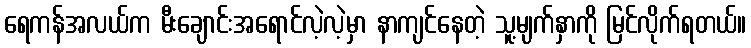
ရေကန်အလယ်က မီးချောင်းအရောင်လဲ့လဲ့မှာ နာကျင်နေတဲ့ သူ့မျက်နှာကို မြင်လိုက်ရတယ်။